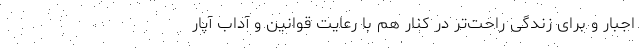
اجبار و برای زندگی راحت‌تر در کنار هم با رعایت قوانین و آداب آپار